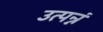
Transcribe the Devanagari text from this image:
उत्पन्नं